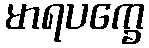
မာရပက္ခေ